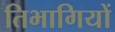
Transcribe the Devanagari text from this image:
तिभागियों